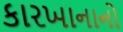
કારખાનાનો